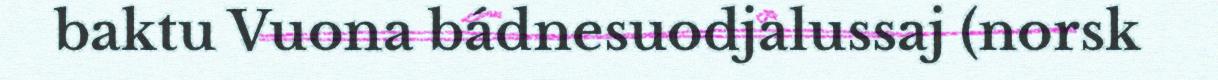
baktu Vuona bádnesuodjalussaj (norsk